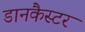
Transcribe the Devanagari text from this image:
डानकैस्टर